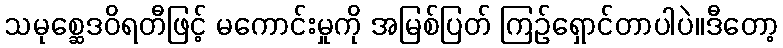
သမုစ္ဆေဒဝိရတီဖြင့် မကောင်းမှုကို အမြစ်ပြတ် ကြဉ်ရှောင်တာပါပဲ။ဒီတော့